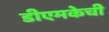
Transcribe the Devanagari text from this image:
डीएमकेची